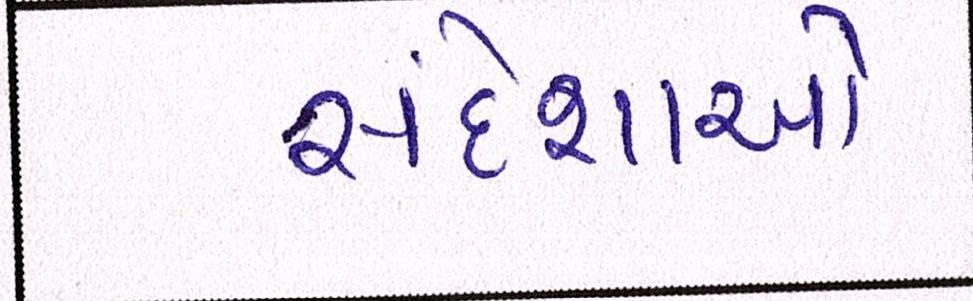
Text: સંદેશાઓ